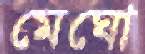
মেঘো